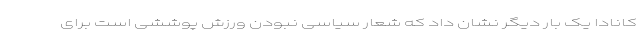
کانادا یک بار دیگر نشان داد که شعار سیاسی نبودن ورزش پوششی است برای